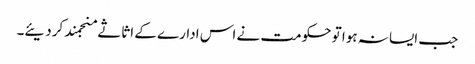
جب ایسا نہ ہوا تو حکومت نے اس ادارے کے اثاثے منجمند کردیئے۔